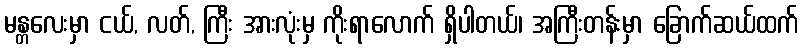
မန္တလေးမှာ ငယ်, လတ်, ကြီး အားလုံးမှ ကိုးရာလောက် ရှိပါတယ်၊ အကြီးတန်းမှာ ခြောက်ဆယ်ထက်